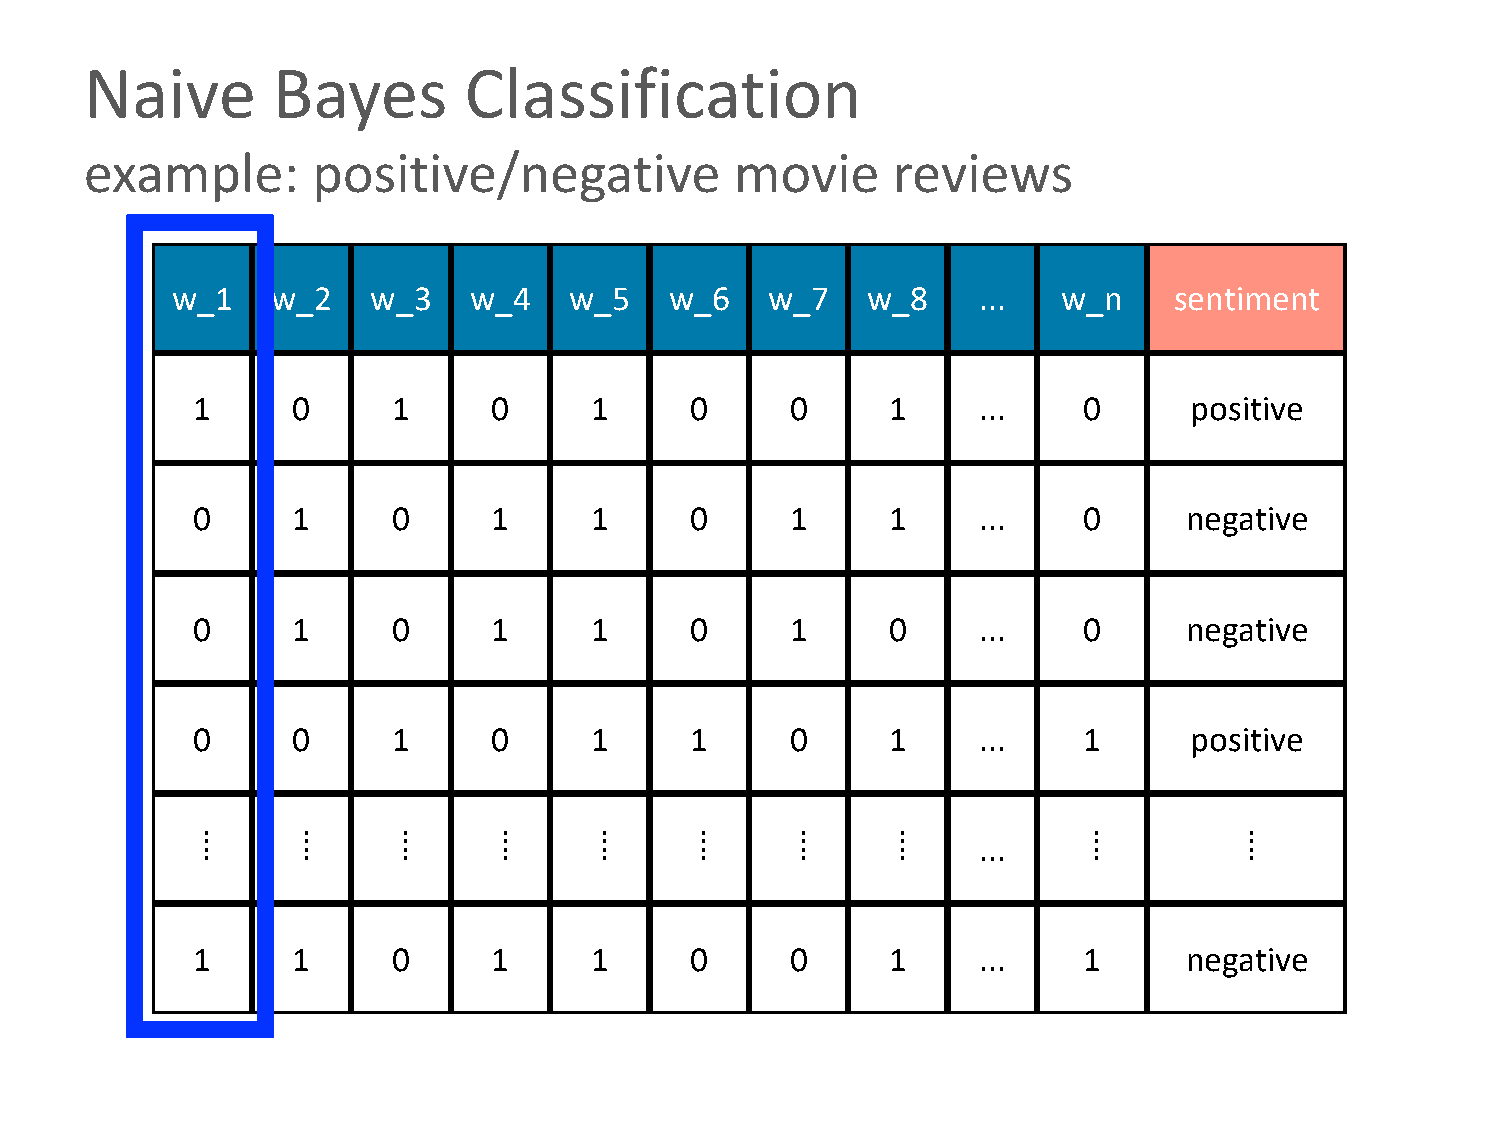
Naive       Bayes        Classification
 example:       positive/negative           movie     reviews
 w_1    w_2    w_3   w_4    w_5   w_6    w_7   w_8     ...  w_n     sentiment
 1     0      1      0     1      0     0      1     ...    0      positive
 0     1      0      1     1      0     1      1     ...    0     negative
 0     1      0      1     1      0     1      0     ...    0     negative
 0     0      1      0     1      1     0      1     ...    1      positive
 .      .      .     .      .     .      .     .            .          .
 .      .      .     .      .     .      .     .            .          .
 .      .      .     .      .     .      .     .            .          .
 .      .      .     .      .     .      .     .     ...    .          .
 1     1      0      1     1      0     0      1     ...    1     negative